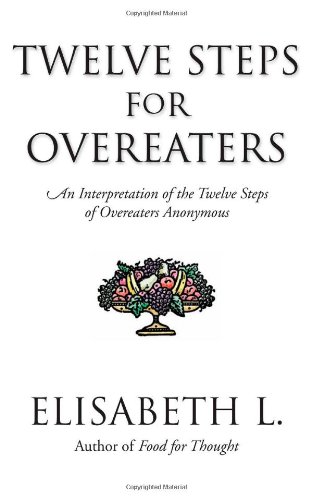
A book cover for Twelve Steps For Overeaters: An Interpretation Of The Twelve Steps Of Overeaters Anonymous; Elisabeth L.; Self-Help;